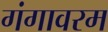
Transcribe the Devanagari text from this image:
गंगावरम